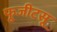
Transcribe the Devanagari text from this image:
फूजीटसू